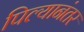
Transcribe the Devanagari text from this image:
पिल्यानंतर